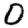
Digit: 0